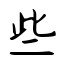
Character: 些